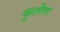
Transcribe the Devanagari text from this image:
कुलोंगा